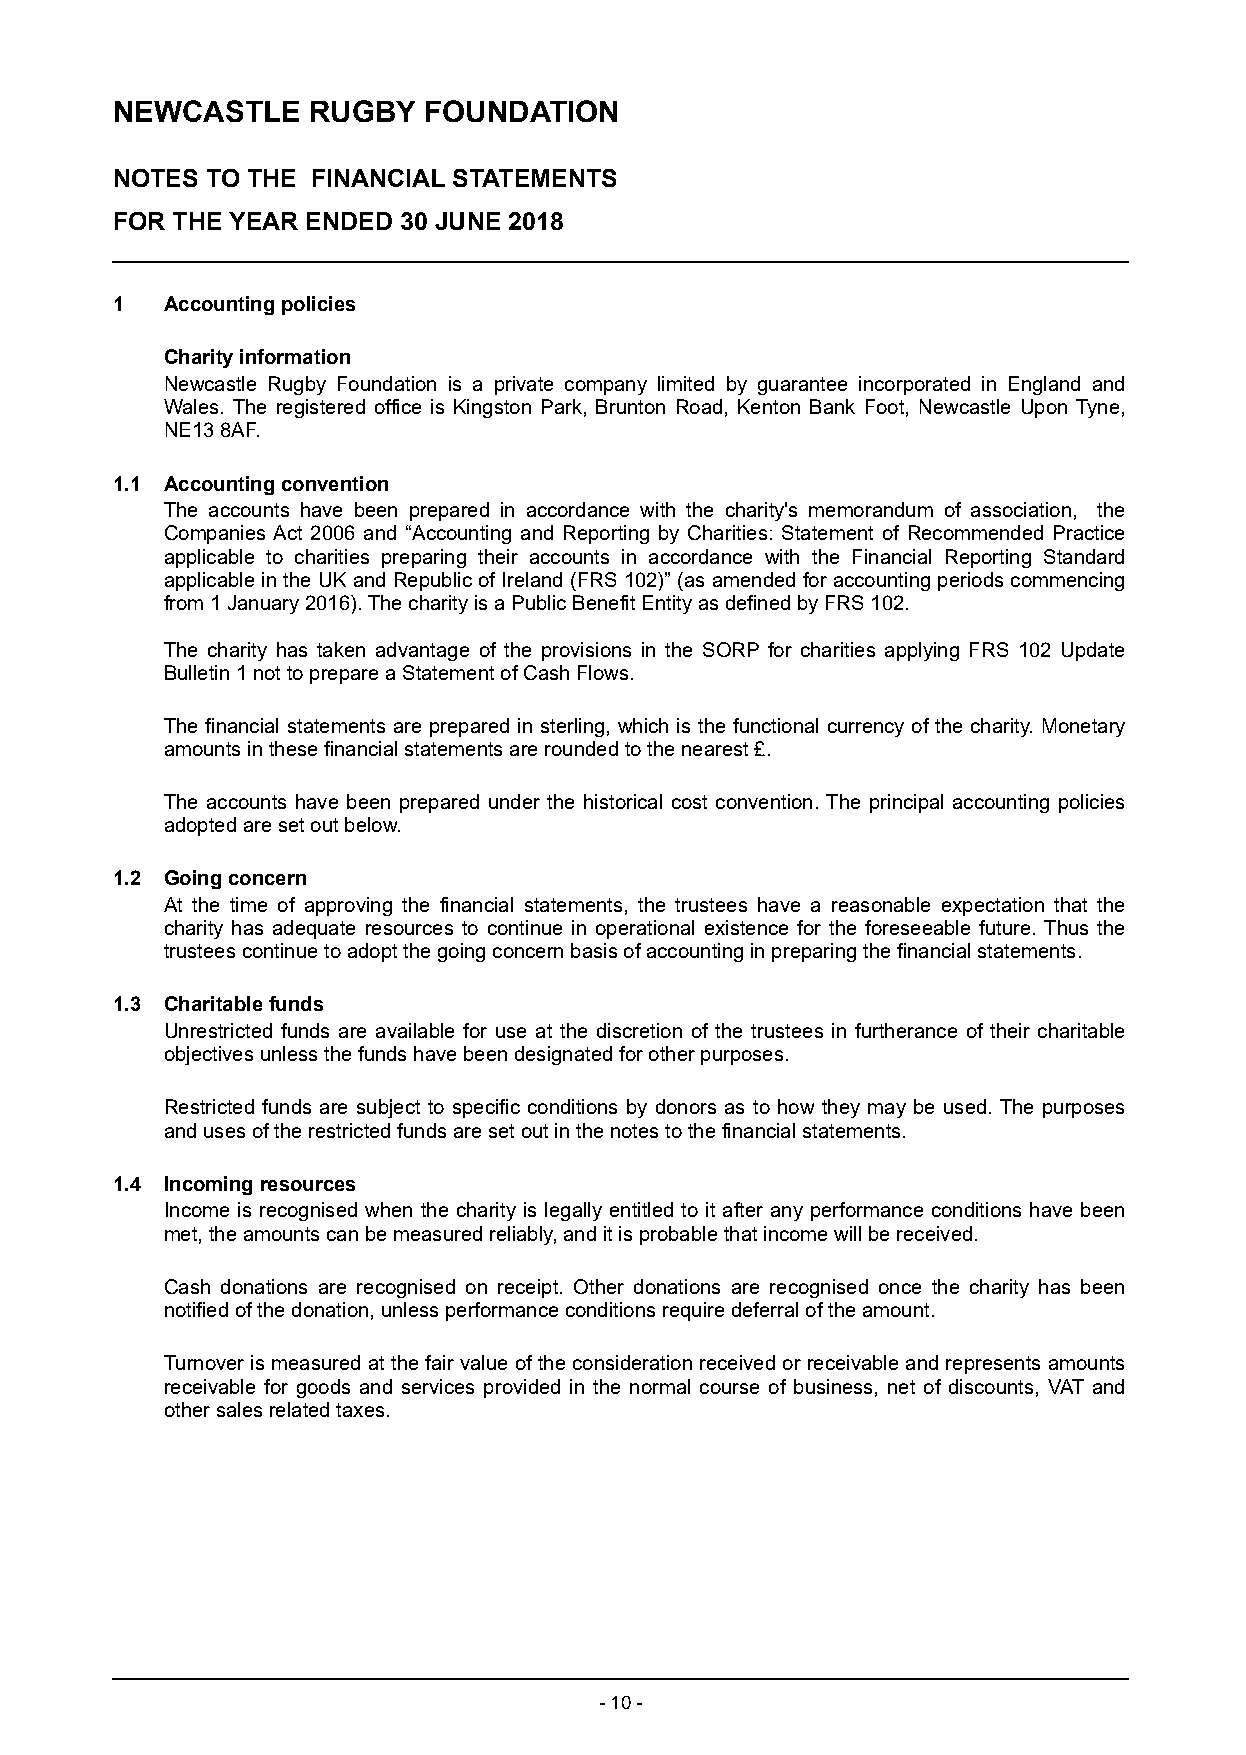
NEWCASTLE    RUGBY   FOUNDATION
 NOTES  TO THE FINANCIAL STATEMENTS
 FOR THE YEAR ENDED 30 JUNE 2018
 1   Accounting policies
 Charity information
 Newcastle Rugby Foundation is a private company limited by guarantee incorporated in England and
 Wales. The registered office is Kingston Park, Brunton Road, Kenton Bank Foot, Newcastle Upon Tyne,
 NE13 8AF.
 1.1 Accounting convention
 The accounts have been prepared in accordance with the charity's memorandum of association, the
 Companies Act 2006 and “Accounting and Reporting by Charities: Statement of Recommended Practice
 applicable to charities preparing their accounts in accordance with the Financial Reporting Standard
 applicable in the UK and Republic of Ireland (FRS 102)” (as amended for accounting periods commencing
 from 1 January 2016). The charity is a Public Benefit Entity as defined by FRS 102.
 The charity has taken advantage of the provisions in the SORP for charities applying FRS 102 Update
 Bulletin 1 not to prepare a Statement of Cash Flows.
 The financial statements are prepared in sterling, which is the functional currency of the charity. M onetary
 am ounts i n these financial statements are r ounded to the nearest £.
 The accounts have been prepared under the historical cost convention. The principal accounting policies
 adopted are set out below.
 1.2 Going concern
 At the time of approving the financial statements, the trustees have a reasonable expectation that the
 charity has adequate resources to continue in operational existence for the foreseeable future. Thus the
 trustees c ontinue t o adopt the going concern basis of accounting in preparing the financial statements.
 1.3 Charitable funds
 Unrestricted funds are available for use at the discretion of the trustees in furtherance of their charitable
 objectives unless the funds have been designated for other purposes.
 Restricted funds are subject to specific conditions by donors as to how they may be used. The purposes
 and uses of the restricted funds are set out in the notes to the financial statements.
 1.4 Incoming resources
 Income is recognised when the charity is legally entitled to it after any performance conditions have been
 met, the amounts can be measured reliably, and it is probable that income will be received.
 Cash donations are recognised on receipt. Other donations are recognised once the charity has been
 notified of the donation, unless performance conditions require deferral of the amount.
 Turnover is measured at the fair value of the consideration received or receivable and represents amounts
 receivable for goods and services provided in the normal course of business, net of discounts, VAT and
 other sales related taxes.
 - 10 -